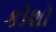
કોશો